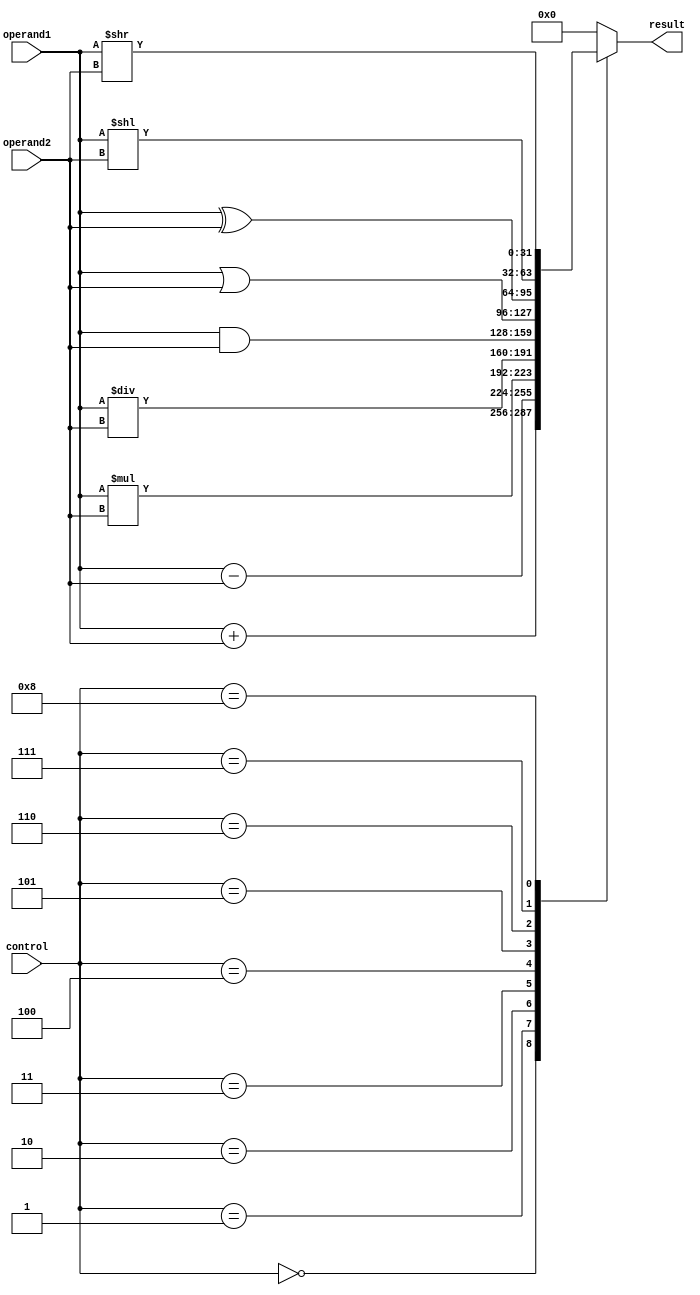
module ALU (
    input [31:0] operand1,
    input [31:0] operand2,
    input [3:0] control,
    output reg [31:0] result
);

always @(*)
begin
    case(control)
        4'b0000: result = operand1 + operand2; // Addition
        4'b0001: result = operand1 - operand2; // Subtraction
        4'b0010: result = operand1 * operand2; // Multiplication
        4'b0011: result = operand1 / operand2; // Division
        4'b0100: result = operand1 & operand2; // AND
        4'b0101: result = operand1 | operand2; // OR
        4'b0110: result = operand1 ^ operand2; // XOR
        4'b0111: result = operand1 << operand2; // Shift left
        4'b1000: result = operand1 >> operand2; // Shift right
        default: result = 32'b0; // Default case
    endcase
end

// Overflow detection and handling mechanism
always @(*)
begin
    // Add overflow detection and handling logic here
end

endmodule